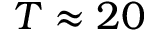
T \approx 2 0